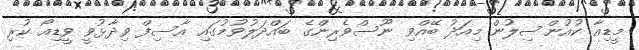
މީޑިއާ ކުއުންސިލުން މިއަދު ބޭއްވި ނޫސްވެރިންގެ ބައްދަލުވުމުގައި އާސިފް ވިދާޅުވީ ވީޑިއޯ ކުރި